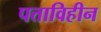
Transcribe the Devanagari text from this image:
पत्ताविहीन